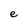
Character: e